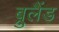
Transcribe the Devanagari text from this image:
ब्रुलैंड